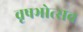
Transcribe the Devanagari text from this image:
वृषभोत्सव